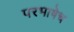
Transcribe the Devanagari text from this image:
परभाषेच